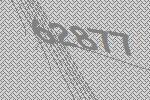
62877